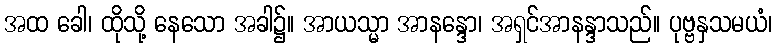
အထ ခေါ၊ ထိုသို့ နေသော အခါ၌။ အာယသ္မာ အာနန္ဒော၊ အရှင်အာနန္ဒာသည်။ ပုဗ္ဗနှသမယံ၊